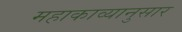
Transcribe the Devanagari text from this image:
महाकाव्यानुसार